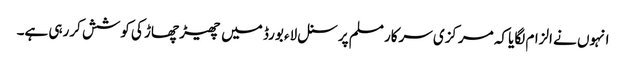
انہوں نے الزام لگایا کہ مرکزی سرکار مسلم پرسنل لاء بورڈ میں چھیڑ چھاڑ کی کوشش کررہی ہے۔